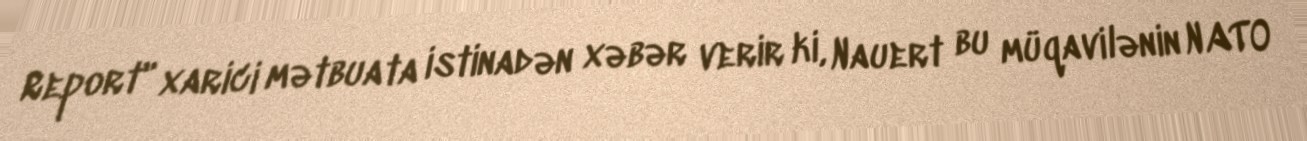
Report" xarici mətbuata istinadən xəbər verir ki, Nauert bu müqavilənin NATO